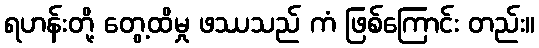
ရဟန်းတို့ တွေ့ထိမှု ဖဿသည် ကံ ဖြစ်ကြောင်း တည်း။